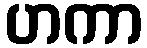
ဟကာ